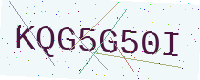
Text: KQG5G50I